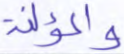
والمؤلفة